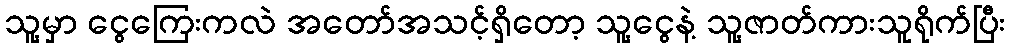
သူ့မှာ ငွေကြေးကလဲ အတော်အသင့်ရှိတော့ သူ့ငွေနဲ့ သူ့ဇာတ်ကားသူရိုက်ပြီး